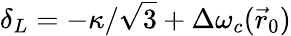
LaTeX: \delta_{L}=-\kappa/\sqrt 3+\Delta\omega_{c}(\vec{r}_{0})